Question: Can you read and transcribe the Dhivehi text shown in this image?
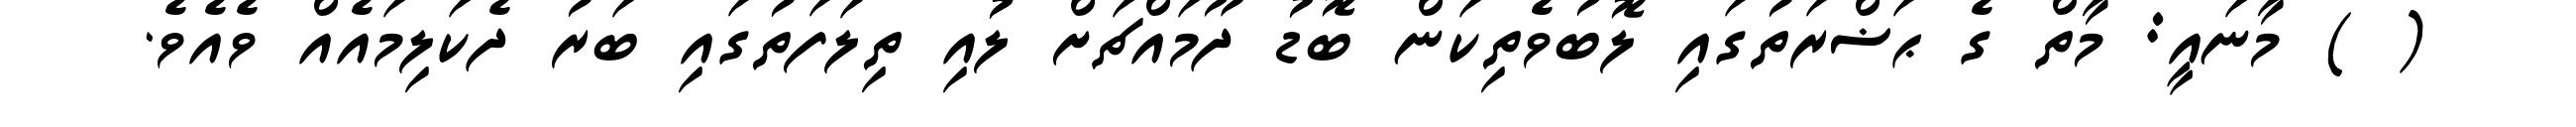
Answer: ( ) މާނައީ: މާތް ގެ ޙަޟްރަތުގައި ލޮބުވެތިކަން ބޮޑު ދޫމައްޗަށް ލުއި ތިލަފަތުގައި ބަރު ދެކަލިމައެއް ވެއެވެ.